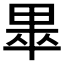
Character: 𱰰